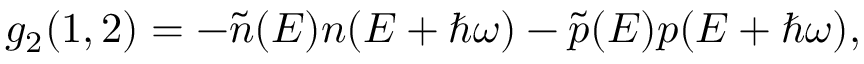
\begin{array} { r } { g _ { 2 } ( 1 , 2 ) = - \tilde { n } ( E ) n ( E + \hbar \omega ) - \tilde { p } ( E ) p ( E + \hbar \omega ) , } \end{array}